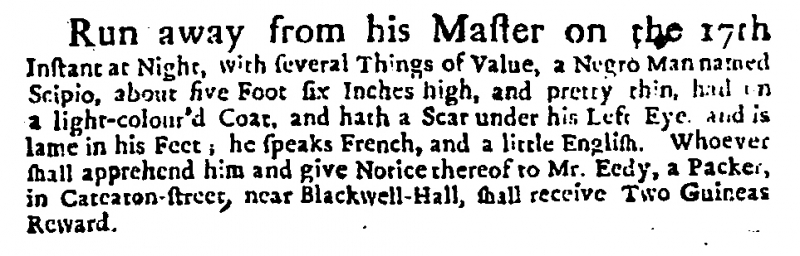
Daily Courant, 20 May 1723 (England)
Run away from his Master on the 17th Instant at Night, with several Things of Value, a Negro Man named Scipio, about five Foot six Inches high, and pretty thin, had on a light-colour’d Coat, and hath a Scar under his Left Eye, and is lame in his Feet; he speaks French, and a little English. Whoever shall apprehend him and give Notice thereof to Mr. Eedy, a Packer, in Cateaton-street, near Blackwell-Hall, shall receive Two Guineas Reward.